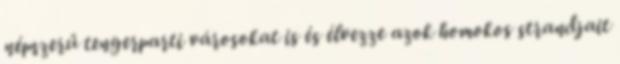
népszerű tengerparti városokat is és élvezze azok homokos strandjait